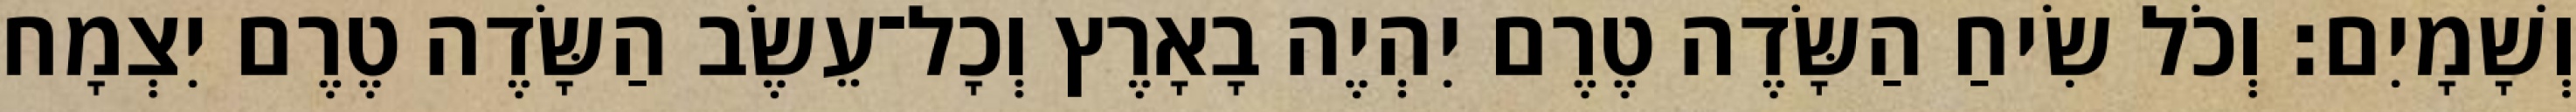
וְשָׁמָיִם׃ וְכֹל שִׂיחַ הַשָּׂדֶה טֶרֶם יִהְיֶה בָאָרֶץ וְכָל־עֵשֶׂב הַשָּׂדֶה טֶרֶם יִצְמָח